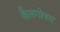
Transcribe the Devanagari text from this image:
कैलगोनम